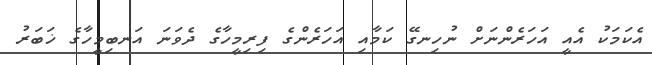
އެކަމަކު އެއީ އަހަރެންނަށް ނުހިނގޭ ކަމާއި އަހަރެންގެ ފިރިމީހާގެ ދެވަނަ އަނބިމީހާގެ ޚަބަރު